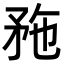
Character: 𥍢